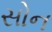
સોન